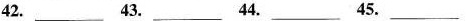
42. ___ 43. ___ 44. ___ 45. ___